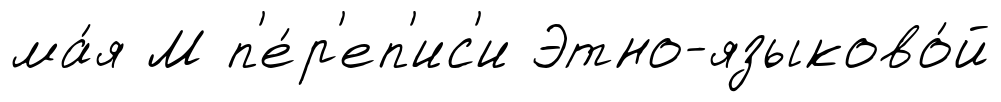
ма́я М п'е́р'еп'ис'и Этно-языково́й